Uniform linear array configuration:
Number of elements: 32
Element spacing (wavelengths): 0.5
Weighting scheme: exponential
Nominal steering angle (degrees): -45
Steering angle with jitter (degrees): -44.67
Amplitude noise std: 0.05
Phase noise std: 0.05

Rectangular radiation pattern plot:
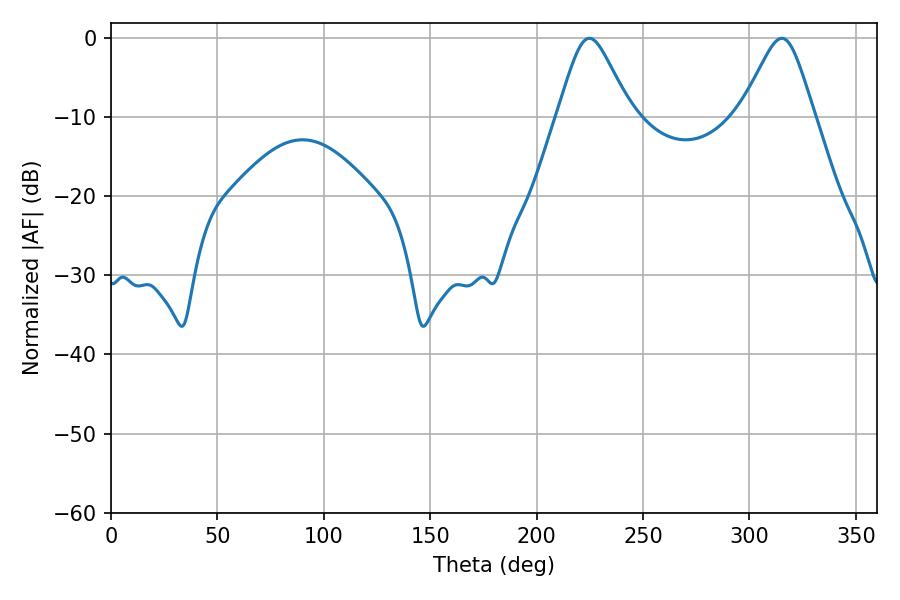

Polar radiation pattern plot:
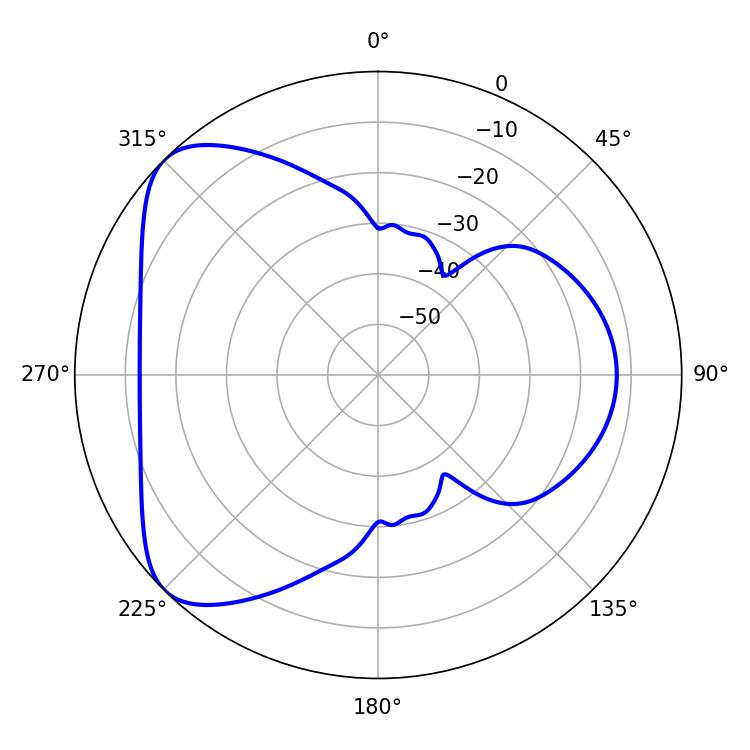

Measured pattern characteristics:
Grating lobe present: FALSE
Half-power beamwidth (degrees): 16.56
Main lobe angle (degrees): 224.82